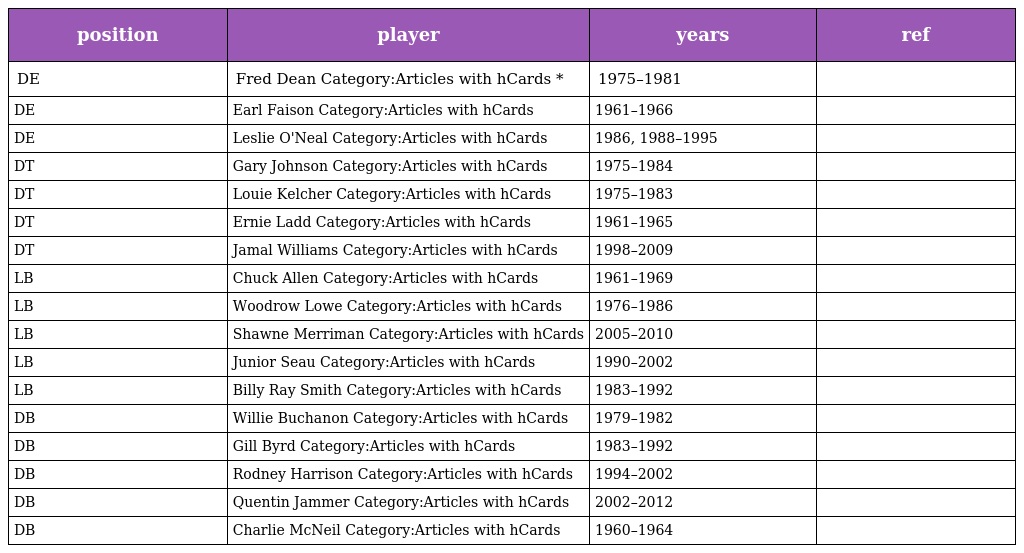
| position | player | years | ref |
 | --- | --- | --- | --- |
 | DE | Fred Dean Category:Articles with hCards * | 1975–1981 |  |
 | DE | Earl Faison Category:Articles with hCards | 1961–1966 |  |
 | DE | Leslie O'Neal Category:Articles with hCards | 1986, 1988–1995 |  |
 | DT | Gary Johnson Category:Articles with hCards | 1975–1984 |  |
 | DT | Louie Kelcher Category:Articles with hCards | 1975–1983 |  |
 | DT | Ernie Ladd Category:Articles with hCards | 1961–1965 |  |
 | DT | Jamal Williams Category:Articles with hCards | 1998–2009 |  |
 | LB | Chuck Allen Category:Articles with hCards | 1961–1969 |  |
 | LB | Woodrow Lowe Category:Articles with hCards | 1976–1986 |  |
 | LB | Shawne Merriman Category:Articles with hCards | 2005–2010 |  |
 | LB | Junior Seau Category:Articles with hCards | 1990–2002 |  |
 | LB | Billy Ray Smith Category:Articles with hCards | 1983–1992 |  |
 | DB | Willie Buchanon Category:Articles with hCards | 1979–1982 |  |
 | DB | Gill Byrd Category:Articles with hCards | 1983–1992 |  |
 | DB | Rodney Harrison Category:Articles with hCards | 1994–2002 |  |
 | DB | Quentin Jammer Category:Articles with hCards | 2002–2012 |  |
 | DB | Charlie McNeil Category:Articles with hCards | 1960–1964 |  |